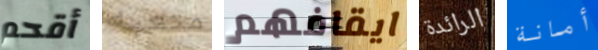
أقحم متعبه ايقافهم الرائدة أمانة